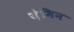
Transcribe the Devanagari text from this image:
ज़ेमिन